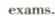
exams.